Report on horse surra - Volume II, Part I
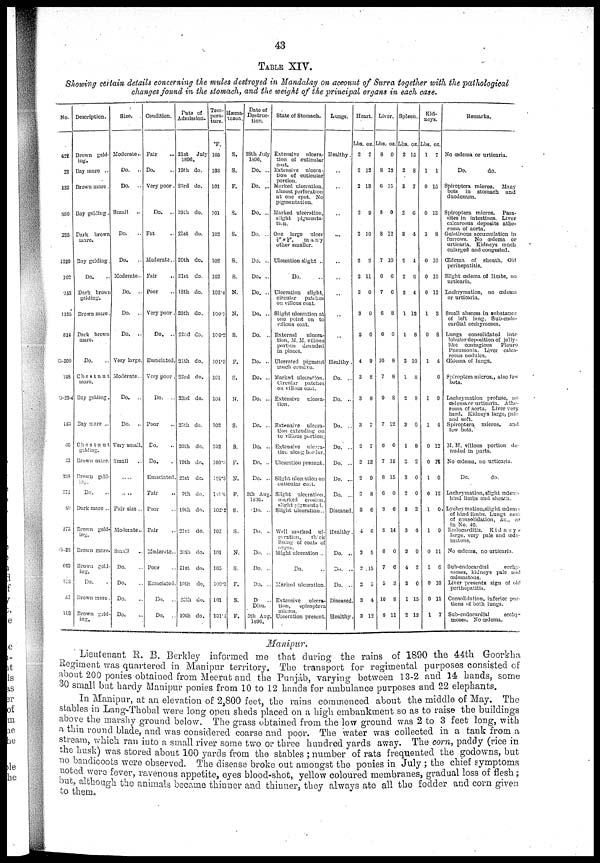
43
TABLE XIV.
Showing certain details concerning the mules destroyed in Mandalay on account of Surra together with the pathological
changes found in the stomach, and the weight of the principal organs in each case.
No.
422
22
132
880
235
1220
102
243
1135
814
G-300
348
G-23-4
185
66
33
395
274
40
273
G.38
669
513
57
113
Description.
Brown geld-
ing.
Bay mare ..
Brown mare .
Bay gelding.
Dark brown
mare.
Bay gelding.
Do.
Dark brown
gelding.
Brown mare.
Dark brown
mare.
Do.
Chestnut
mare.
Bay gelding.
Bay mare ...
Chestnut
gelding.
Brown mare.
Brown geld¬
ing.
Do.
Dark mare ..
Brown geld-
ing.
Brown mare.
Brown geld¬
ing.
Do.
Brown mare
Brown geld¬
ing.
Size.
Moderate..
Do.
..
Do. ..
Small
..
Do.
..
Do.
..
Moderate..
Do.
..
Do.
..
Do.
..
Very large.
Moderate..
Do.
..
Do.
..
Very small.
Small
....
....
Fair size ..
Moderate..
Small
Do.
Do.
Do.
Do.
Condition.
Fair
Do.
Very poor.
Do.
.
Fat
Moderate..
Fair
Poor
Very poor.
Do.
..
Emaciated.
Very poor .
Do.
..
Poor
Do.
Do.
Emaciated
Fair
Poor
Fair
Moderate.
Poor
Emaciated
Do.
.
Do.
.
Date of
Admission.
21st
July
1896.
19th do.
23rd do.
19th do.
21st do.
20th do.
21st do.
18th do.
25th do.
22nd do.
24th do.
23rd do.
23rd do.
25th do.
20th do.
19th do.
21st do.
9th do.
19th do.
21st do.
20th do.
21st do.
19th do.
20th do.
10th do.
Tem¬
pera¬
ture.
°F.
105
103
101
101
102
102
102
102.4
100.2
100.2
101.3
101
104
102
102
100.3
101.3
101.0
102.2
102
101
105
100.3
101
101.4
Hæma¬
tozoa.
S.
S.
F.
S.
S.
S.
S.
N.
N.
S.
F.
S.
N.
S.
F.
N.
F.
S.
S.
N.
S.
F.
S.
F.
Date of
Destrue-
tion.
28th July
1896.
Do. ..
Do. ...
Do. ...
Do. ..
Do. ..
Do. ..
Do. ..
Do. ..
Do. ..
Do. ..
Do. ..
Do. ..
Do. ..
Do. ..
Do. ..
Do. ..
5th Aug
1896.
.Do. ..
Do. .
Do. .
Do. .
Do. .
D
Diea.
5th Aug
1896.
State of Stomach.
Extensive
ulcera-
tion of cuticular
coat.
Extensive
ulcera-
tion of cuticular
portion.
Marked ulceration,
almost perforation
at one spot. No
pigmentation.
Marked ulceration,
slight pigmenta¬
tion.
One largo
ulcer
½" × ¼", many
other smaller.
Ulceration slight ..
Do.
Ulceration
slight,
circular
patches
on villous coat.
Slight ulceration at
one point on to
villous coat.
External
ulcera-
tion, M. M. villous
portion
denuded
in places.
Ulcerated pigment
much erosive.
Marked ulceration.
Circular
patches
on villous coat.
Extensive
ulcera-
tion.
Extensive
ulcera-
tion extending on
to villous portion.
Extensive
ulcera¬
tion along border.
Ulceration present.
Slight ulceration on
cuticular coat.
Slight ulceration
marked
erosion
slight pigmented.
Slight ulceration..
Well marked ul
ceration,
thick
lining of coats of
organ.
Slight ulceration ..
Do.
Marked ulceration
Extensive ulcera¬
tion, spiroptera
micros.
. Ulceration present
Lungs.
Healthy.
...
Healthy
Do. ..
Do. ..
Do. ..
Do. ..
Do. ..
Do. ..
Do. ..
Diseased
Healthy
Do. ..
Do.
Do. .
Diseased
Healthy
Heart.
Lbs.
2
2
2
2
2
2
2
3
3
3
4
3
3
3
2
2
2
3
3
4
2
2
2
3
3
oz.
7
12
13
9
10
2
11
0
0
0
9
8
8
7
7
13
9
8
6
6
5
15
5
4
12
Liver.
Lbs.
8
8
6
8
8
7
0
7
6
6
10
7
9
7
6
7
8
6
8
8
6
7
5
10
8
oz.
0
13
15
0
12
10
6
6
8
0
8
8
8
12
0
15
15
0
6
14
0
6
3
8
11
Spleen.
Lbs.
2
2
3
2
3
2
2
2
1
1
3
1
2
3
1
3
3
2
3
2
2
4
2
1
2
oz.
15
8
7
6
4
4
6
4
12
8
10
8
8
0
8
2
0
0
2
4
9
2
0
15
12
Kidneys.
Lbs.
1
1
0
0
1
0
0
0
1
0
1
6
1
1
0
0
1
0
1
1
0
1
0
0
1
oz.
7
1
15
13
8
10
10
12
3
8
4
9
4
12
14
0
12
0
9
11
0
10
11
7
Remarks.
No œdema or urticaria.
Do.
do.
Spiroptera micros.
Many
bots
in stomach
anil
duodenum.
Spiroptera micros.
Para-
sites in intestines. Liver
calcareous deposits athe-
roma of aorta.
Gelatinous accumulation in
furrows. No oedema or
urticaria. Kidneys much
enlarged and congested.
Œdema
of sheath. Old
perihepatitis.
Slight oedema of limbs, no
urticaria.
Lachrymation, no œdema
or urticaria.
Small abscess in snbstance
of left lung. Sub-endo-
cardial ccehymoses.
Lungs consolidated
into
lobular deposition of jelly-
like contagious
Pleuro
Pneumonia. Liver calca-
reous nodules.
Œdema of lungs.
Spiroptera micros., also few
bots.
Lachrymation profuse, no
œdema or urticaria. Athe-
roma of aorta. Liver very
hard. Kidneys large, pale
and soft.
Spiroptera micros,
and
few bots.
M. M. villous portion de-
nuded in parts.
No œdema, no urticaria.
Do.
do.
Lachrymation, slight oedema
hind limbs and sheath.
Lyehrymation,slight œdema
of hind limbs. Lungs seat
of consolidation, &c., as
in No. 40.
Endocarditis.
Kidneys
large, very pale and œde¬
matous.
No œdema, no urticaria.
Sub-endocardial
ecchy¬
moses, kidneys pale and
œdematous.
Liver presents sign of old
perihepatitis.
Consolidation, inferior por-
tions of both lungs.
Sub-endocardial
ecchy¬
moses. No œdema.
Manipur.
Lieutenant R. B. Berkley informed me that during the rains of 1890 the 44th Goorkha
Regiment was quartered in Manipur territory. The transport for regimental purposes consisted of
about 200 ponies obtained from Meerut and the Punjáb, varying between 13-2 and 14 hands, some
30 small but hardy Manipur ponies from 10 to 12 hands for ambulance purposes and 22 elephants.
In Manipur, at an elevation of 2,800 feet, the rains commenced about the middle of May. The
stables in Lang-Thobal were long open sheds placed on a high embankment so as to raise the buildings
above the marshy ground below. The grass obtained from the low ground was 2 to 3 feet long, with
a thin round blade, and was considered coarse and poor. The water was collected in a tank from a
stream, which ran into a small river some two or three hundred yards away. The corn, paddy (rice in
the husk) was stored about 100 yards from the stables ; number of rats frequented the godowns, but
no bandicoots were observed. The disease broke out amongst the ponies in July ; the chief symptoms
noted were fever, ravenous appetite, eyes blood-shot, yellow coloured membranes, gradual loss of flesh ;
but, although the animals became thinner and thinner, they always ate all the fodder and corn given
to
them.